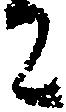
ニ